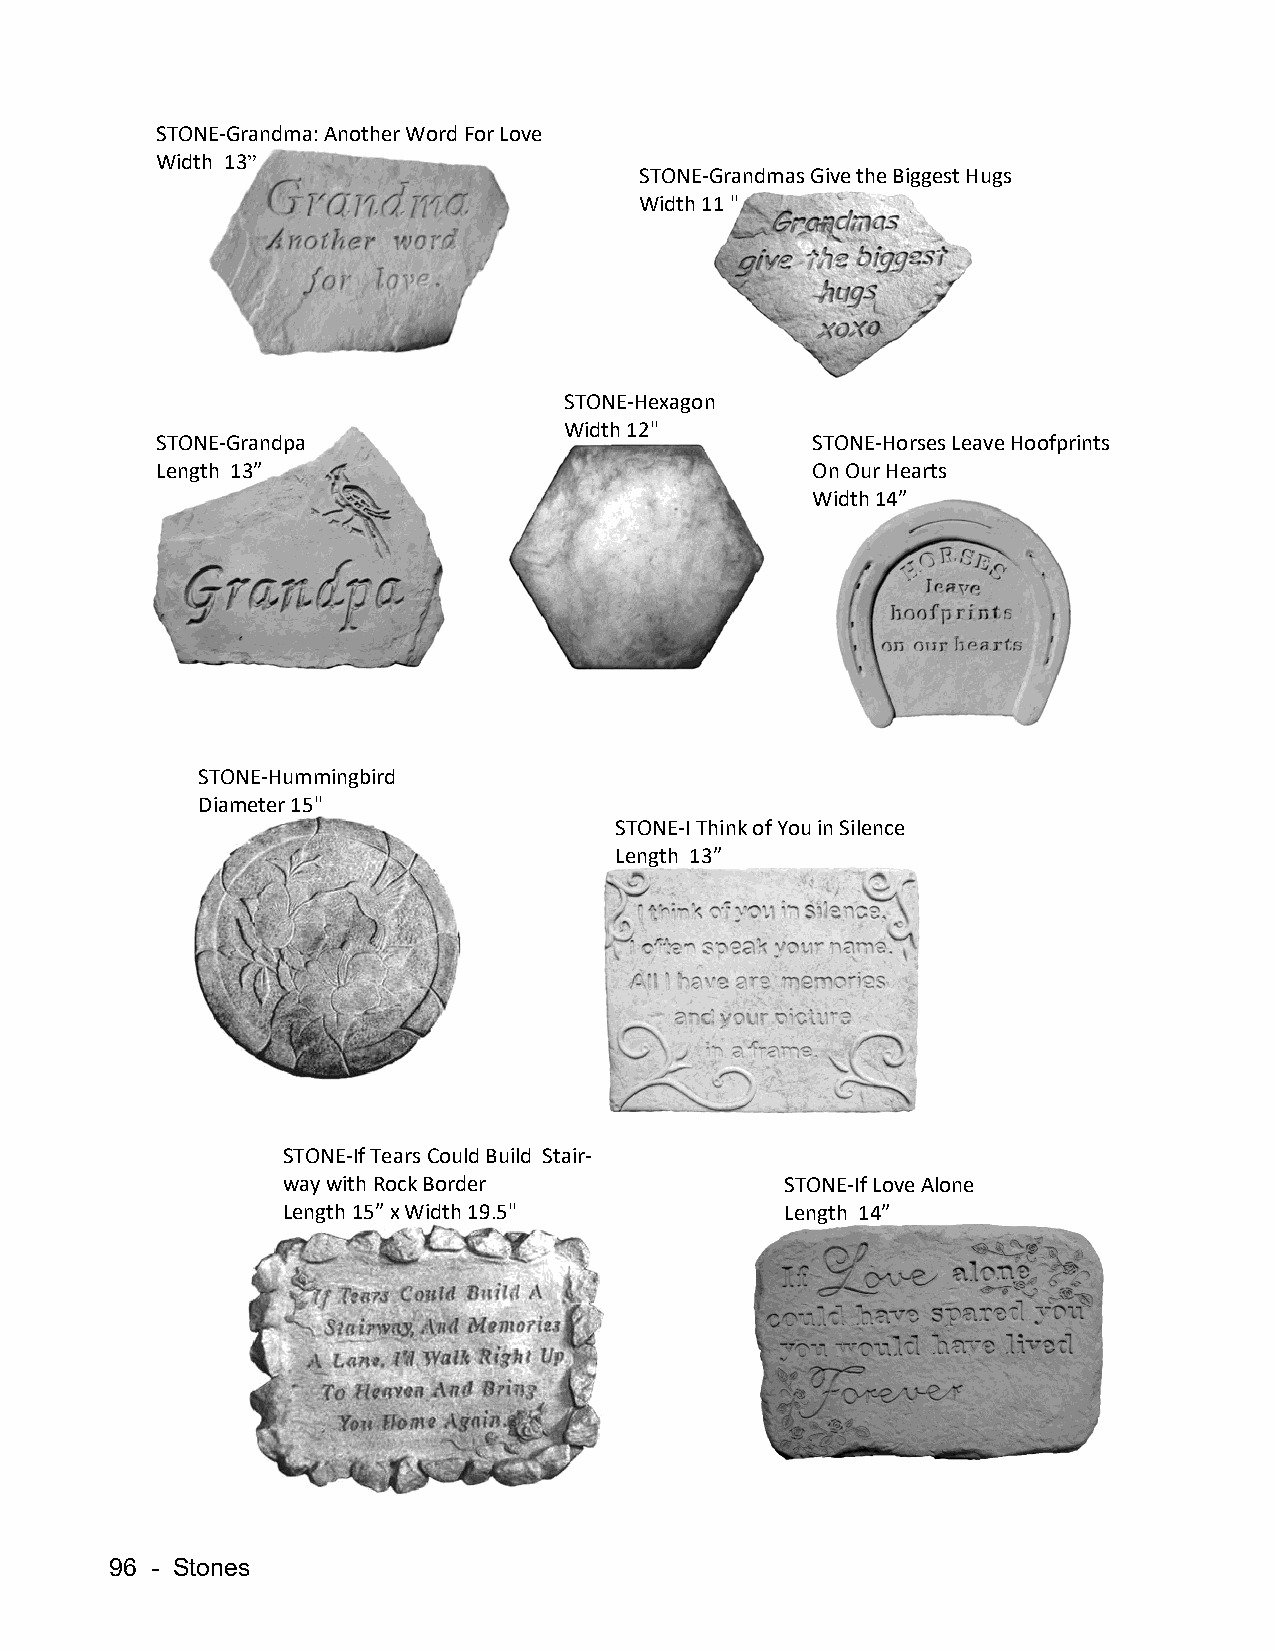
STONE-Grandma: Another Word For Love
 Width 13”
 STONE-Grandmas Give the Biggest Hugs
 Width 11 "
 STONE-Hexagon
 Width 12"
 STONE-Grandpa                               STONE-Horses Leave Hoofprints
 Length 13”                                  On Our Hearts
 Width 14”
 STONE-Hummingbird
 Diameter 15"
 STONE-I Think of You in Silence
 Length 13”
 STONE-If Tears Could Build Stair-
 way with Rock Border             STONE-If Love Alone
 Length 15” x Width 19.5"         Length 14”
 96 - Stones